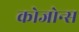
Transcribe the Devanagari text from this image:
कोजोन्स